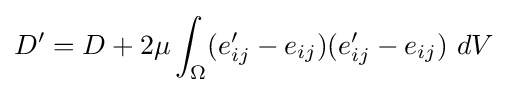
D'=D+2\mu \int _{\Omega }(e_{ij}'-e_{ij})(e_{ij}'-e_{ij})\ dV